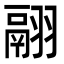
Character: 翮